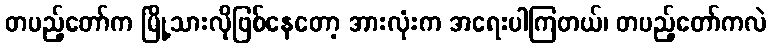
တပည့်တော်က မြို့သားလိုဖြစ်နေတော့ အားလုံးက အရေးပါကြတယ်၊ တပည့်တော်ကလဲ